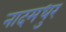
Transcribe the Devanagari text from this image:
नादमधुर